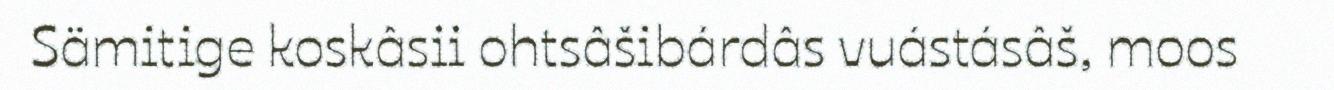
Sämitige koskâsii ohtsâšibárdâs vuástásâš, moos